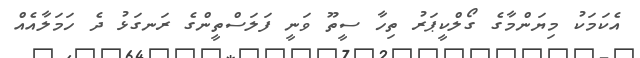
އެކަމަކު މިޔަންމާގެ ގޯލްކީޕަރު ތިހާ ސީތޫ ވަނީ ފަލަސްތީންގެ ރަނގަޅު ދެ ހަމަލާއެއް